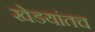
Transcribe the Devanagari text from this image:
खेडयांतच